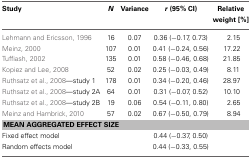
| Study | N | Variance | r (95% CI) | Relative weight [%] |
 | --- | --- | --- | --- | --- |
 | Lehmann and Ericsson, 1996 | 16 | 0.07 | 0.36 (−0.17, 0.73) | 2.15 |
 | Meinz, 2000 | 107 | 0.01 | 0.41 (−0.24, 0.56) | 17.22 |
 | Tuffiash, 2002 | 135 | 0.01 | 0.58 (−0.46, 0.68) | 21.85 |
 | Kopiez and Lee, 2008 | 52 | 0.02 | 0.25 (−0.03, 0.49) | 8.11 |
 | Ruthsatz et al., 2008—study 1 | 178 | 0.01 | 0.34 (−0.20, 0.46) | 28.97 |
 | Ruthsatz et al., 2008—study 2A | 64 | 0.01 | 0.31 (−0.07, 0.52) | 10.10 |
 | Ruthsatz et al., 2008—study 2B | 19 | 0.06 | 0.54 (−0.11, 0.80) | 2.65 |
 | Meinz and Hambrick, 2010 | 57 | 0.02 | 0.67 (−0.50, 0.79) | 8.94 |
 | <COLSPAN=5> MEAN AGGREGATED EFFECT SIZE |
 | <COLSPAN=3> Fixed effect model | 0.44 (−0.37, 0.50) |  |
 | <COLSPAN=3> Random effects model | 0.44 (−0.33, 0.55) |  |